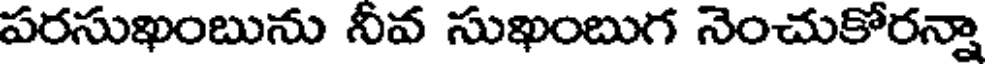
పరసుఖంబును నీవ సుఖంబుగ నెంచుకోరన్నా